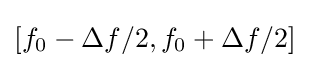
[f_{0}-\Delta f/2,f_{0}+\Delta f/2]